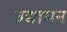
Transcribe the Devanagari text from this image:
उद्यामन